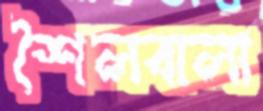
শৈলবালা